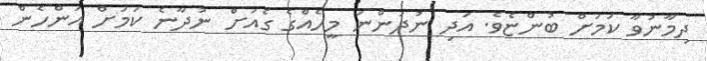
ދިމާނުވާ ކަމަށް ބުންޏެވެ. އަދި ނުދަންނަ މީހެއްގެ ގެއަށް ނުދާނެ ކަމަށް އަންހެން